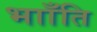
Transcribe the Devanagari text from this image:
भााँति